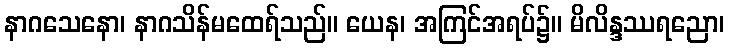
နာဂသေနော၊ နာဂသိန်မထေရ်သည်။ ယေန၊ အကြင်အရပ်၌။ မိလိန္ဒဿရညော၊